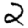
Digit: 2